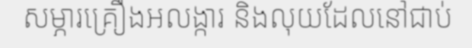
សម្ភារគ្រឿងអលង្ការ និងលុយដែលនៅជាប់